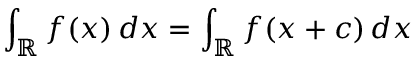
\int _ { \mathbb { R } } f ( x ) \, d x = \int _ { \mathbb { R } } f ( x + c ) \, d x